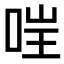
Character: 𫪇